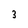
Character: 3